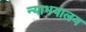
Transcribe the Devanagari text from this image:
न्याभयालय